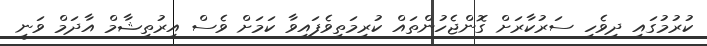
ކުރުމުގައި ދިވެހި ސަރުކާރަށް ގޮންޖެހުންތައް ކުރިމަތިވެފައިވާ ކަމަށް ވެސް އިރުތިޝާމް އާދަމް ވަނީ